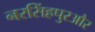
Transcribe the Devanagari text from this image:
नरसिंहपुरऔर